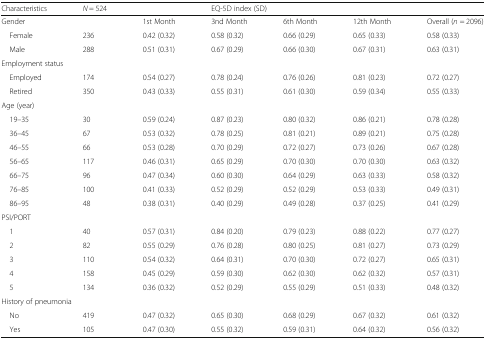
<table><thead><tr><td><b>Characteristics</b></td><td><b><i>N</i> = 524</b></td><td>[EMPTY_CELL]</td><td colspan="2"><b>EQ-5D index (SD)</b></td><td>[EMPTY_CELL]</td><td>[EMPTY_CELL]</td></tr></thead><tbody><tr><td>Gender</td><td>[EMPTY_CELL]</td><td>1st Month</td><td>3nd Month</td><td>6th Month</td><td>12th Month</td><td>Overall (<i>n</i> = 2096)</td></tr><tr><td> Female</td><td>236</td><td>0.42 (0.32)</td><td>0.58 (0.32)</td><td>0.66 (0.29)</td><td>0.65 (0.33)</td><td>0.58 (0.33)</td></tr><tr><td> Male</td><td>288</td><td>0.51 (0.31)</td><td>0.67 (0.29)</td><td>0.66 (0.30)</td><td>0.67 (0.31)</td><td>0.63 (0.31)</td></tr><tr><td colspan="7">Employment status</td></tr><tr><td> Employed</td><td>174</td><td>0.54 (0.27)</td><td>0.78 (0.24)</td><td>0.76 (0.26)</td><td>0.81 (0.23)</td><td>0.72 (0.27)</td></tr><tr><td> Retired</td><td>350</td><td>0.43 (0.33)</td><td>0.55 (0.31)</td><td>0.61 (0.30)</td><td>0.59 (0.34)</td><td>0.55 (0.33)</td></tr><tr><td colspan="7">Age (year)</td></tr><tr><td> 19–35</td><td>30</td><td>0.59 (0.24)</td><td>0.87 (0.23)</td><td>0.80 (0.32)</td><td>0.86 (0.21)</td><td>0.78 (0.28)</td></tr><tr><td> 36–45</td><td>67</td><td>0.53 (0.32)</td><td>0.78 (0.25)</td><td>0.81 (0.21)</td><td>0.89 (0.21)</td><td>0.75 (0.28)</td></tr><tr><td> 46–55</td><td>66</td><td>0.53 (0.28)</td><td>0.70 (0.29)</td><td>0.72 (0.27)</td><td>0.73 (0.26)</td><td>0.67 (0.28)</td></tr><tr><td> 56–65</td><td>117</td><td>0.46 (0.31)</td><td>0.65 (0.29)</td><td>0.70 (0.30)</td><td>0.70 (0.30)</td><td>0.63 (0.32)</td></tr><tr><td> 66–75</td><td>96</td><td>0.47 (0.34)</td><td>0.60 (0.30)</td><td>0.64 (0.29)</td><td>0.63 (0.33)</td><td>0.58 (0.32)</td></tr><tr><td> 76–85</td><td>100</td><td>0.41 (0.33)</td><td>0.52 (0.29)</td><td>0.52 (0.29)</td><td>0.53 (0.33)</td><td>0.49 (0.31)</td></tr><tr><td> 86–95</td><td>48</td><td>0.38 (0.31)</td><td>0.40 (0.29)</td><td>0.49 (0.28)</td><td>0.37 (0.25)</td><td>0.41 (0.29)</td></tr><tr><td colspan="7">PSI/PORT</td></tr><tr><td> 1</td><td>40</td><td>0.57 (0.31)</td><td>0.84 (0.20)</td><td>0.79 (0.23)</td><td>0.88 (0.22)</td><td>0.77 (0.27)</td></tr><tr><td> 2</td><td>82</td><td>0.55 (0.29)</td><td>0.76 (0.28)</td><td>0.80 (0.25)</td><td>0.81 (0.27)</td><td>0.73 (0.29)</td></tr><tr><td> 3</td><td>110</td><td>0.54 (0.32)</td><td>0.64 (0.31)</td><td>0.70 (0.30)</td><td>0.72 (0.27)</td><td>0.65 (0.31)</td></tr><tr><td> 4</td><td>158</td><td>0.45 (0.29)</td><td>0.59 (0.30)</td><td>0.62 (0.30)</td><td>0.62 (0.32)</td><td>0.57 (0.31)</td></tr><tr><td> 5</td><td>134</td><td>0.36 (0.32)</td><td>0.52 (0.29)</td><td>0.55 (0.29)</td><td>0.51 (0.33)</td><td>0.48 (0.32)</td></tr><tr><td colspan="7">History of pneumonia</td></tr><tr><td> No</td><td>419</td><td>0.47 (0.32)</td><td>0.65 (0.30)</td><td>0.68 (0.29)</td><td>0.67 (0.32)</td><td>0.61 (0.32)</td></tr><tr><td> Yes</td><td>105</td><td>0.47 (0.30)</td><td>0.55 (0.32)</td><td>0.59 (0.31)</td><td>0.64 (0.32)</td><td>0.56 (0.32)</td></tr></tbody></table>